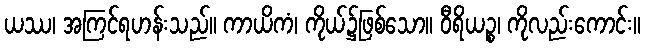
ယဿ၊ အကြင်ရဟန်းသည်။ ကာယိကံ၊ ကိုယ်၌ဖြစ်သော။ ဝီရိယဉ္စ၊ ကိုလည်းကောင်း။